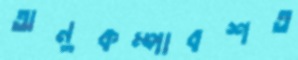
অনুকম্পাবশত